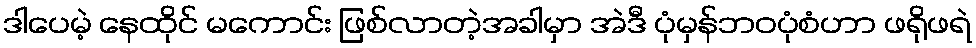
ဒါပေမဲ့ နေထိုင် မကောင်း ဖြစ်လာတဲ့အခါမှာ အဲဒီ ပုံမှန်ဘဝပုံစံဟာ ဖရိုဖရဲ